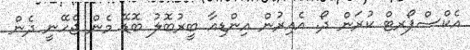
އެކްސްޕޯރޓް ކުރަން ދޯ. އެއިރުން އިންޑިއާ ބީރުބޮލު ބޮޑޭ މެން ޖެހޭނީ ދެން